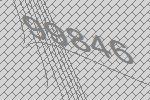
99846